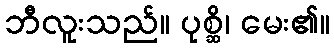
ဘီလူးသည်။ ပုစ္ဆိ၊ မေး၏။